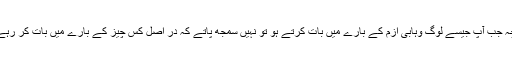
چنانچہ جب آپ جیسے لوگ وہابى ازم کے بارے میں بات کرتے ہو تو نہیں سمجھ پاتے کہ در اصل کس چیز کے بارے میں بات کر رہے ہیں۔